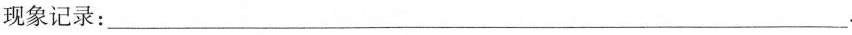
现象记录:___.